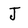
Character: J